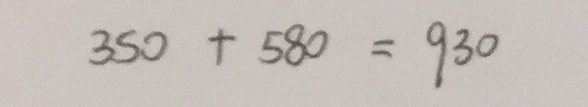
3 5 0 + 5 8 0 = 9 3 0